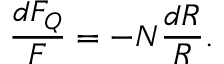
\frac { d F _ { Q } } { F } = - N \frac { d R } { R } .